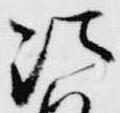
法